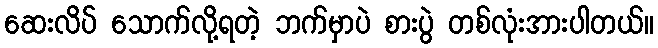
ဆေးလိပ် သောက်လို့ရတဲ့ ဘက်မှာပဲ စားပွဲ တစ်လုံးအားပါတယ်။